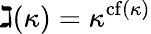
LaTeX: \gimel(\kappa)=\kappa^{{\mathrm{cf}}(\kappa)}